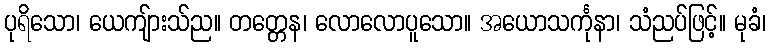
ပုရိသော၊ ယေကျ်ားသ်ည။ တတ္တေန၊ လောလောပူသော။ အယောသင်္ကုနာ၊ သံညပ်ဖြင့်။ မုခံ၊